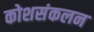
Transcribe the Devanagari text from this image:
कोशसंकलन